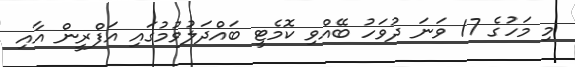
މި މަހުގެ 17 ވަނަ ދުވަހު ބޭއްވި ކޮމެޓީ ބައްދަލުވުމުގައި އަފްރީން އާއި